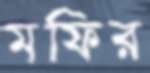
মফির